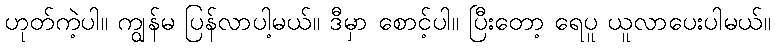
ဟုတ်ကဲ့ပါ။ ကျွန်မ ပြန်လာပါ့မယ်။ ဒီမှာ စောင့်ပါ။ ပြီးတော့ ရေပူ ယူလာပေးပါမယ်။